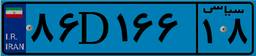
۸۶D۱۶۶۱۸